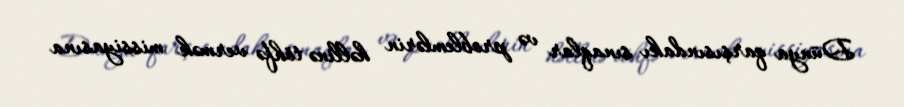
Dünya qarşısındakı sınaqlar və problemlərin həllinə töhfə vermək missiyasına